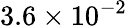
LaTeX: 3.6\times 10^{-2}